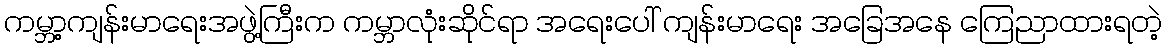
ကမ္ဘာ့ကျန်းမာရေးအဖွဲ့ကြီးက ကမ္ဘာလုံးဆိုင်ရာ အရေးပေါ် ကျန်းမာရေး အခြေအနေ ကြေညာထားရတဲ့